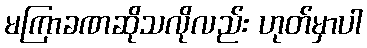
မကြာခဏဆိုသလိုလည်း ဟုတ်မှာပါ